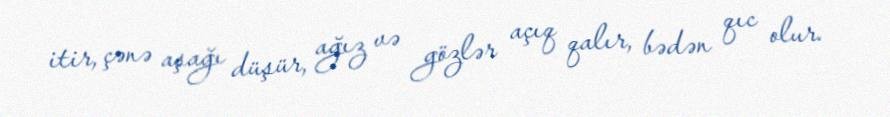
itir, çənə aşağı düşür, ağız və gözlər açıq qalır, bədən qıc olur.